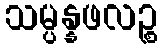
သမ္ပန္နဖလဉ္စ